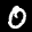
Label: 0